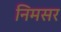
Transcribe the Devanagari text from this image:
निमसर